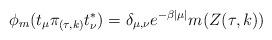
LaTeX: \begin{align*}\phi_m(t_\mu \pi_{(\tau, k)} t^*_\nu) = \delta_{\mu,\nu} e^{-\beta|\mu|} m(Z(\tau, k))\end{align*}